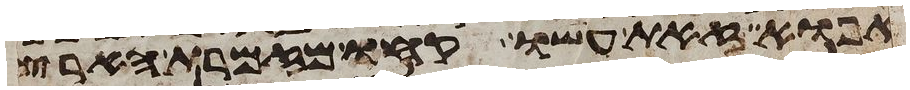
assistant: אפוא זאת עשו קחו מזמרת הארץ